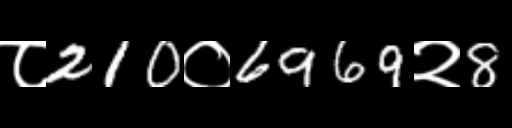
Text: ८210०6969२8